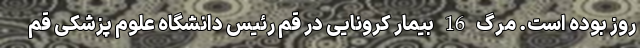
روز بوده است. مرگ 16 بیمار کرونایی در قم رئیس دانشگاه علوم پزشکی قم